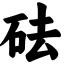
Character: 砝